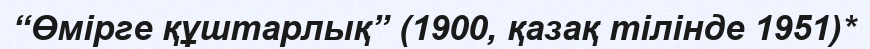
“Өмірге құштарлық” (1900, қазақ тілінде 1951)*